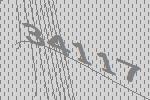
34117